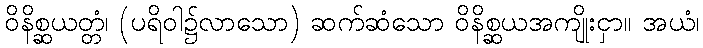
ဝိနိစ္ဆယတ္တံ၊ (ပရိဝါ၌လာသော) ဆက်ဆံသော ဝိနိစ္ဆယအကျိုးငှာ။ အယံ၊